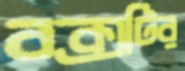
বক্সটির